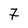
Character: 7